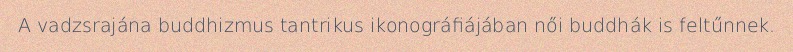
A vadzsrajána buddhizmus tantrikus ikonográfiájában női buddhák is feltűnnek.